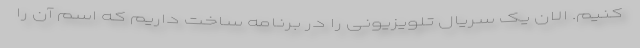
کنیم. الان یک سریال تلویزیونی را در برنامه ساخت داریم که اسم آن را